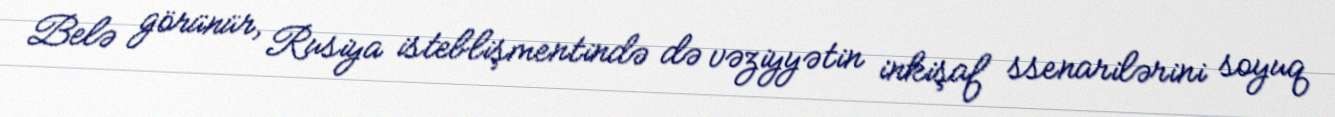
Belə görünür, Rusiya isteblişmentində də vəziyyətin inkişaf ssenarilərini soyuq